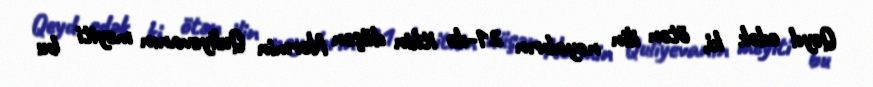
Qeyd edək ki, ötən ilin noyabrın 21-də itkin düşən Nərmin Quliyevanın meyiti bu